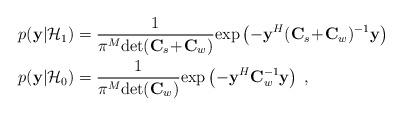
LaTeX: \begin{align*}p(\mathbf{y}|\mathcal{H}_1)&=\frac{1}{\pi^M\mathrm{det}(\mathbf{C}_s\!+\!\mathbf{C}_w)}\mathrm{exp}\left(-\mathbf{y}^H(\mathbf{C}_s\!+\!\mathbf{C}_w)^{-1}\mathbf{y}\right)\\p(\mathbf{y}|\mathcal{H}_0)&=\frac{1}{\pi^M\mathrm{det}(\mathbf{C}_w)}\mathrm{exp}\left(-\mathbf{y}^H\mathbf{C}_w^{-1}\mathbf{y}\right)\;,\end{align*}